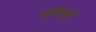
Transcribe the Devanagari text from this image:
होतात्